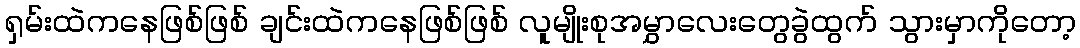
ရှမ်းထဲကနေဖြစ်ဖြစ် ချင်းထဲကနေဖြစ်ဖြစ် လူမျိုးစုအမွှာလေးတွေခွဲထွက် သွားမှာကိုတော့